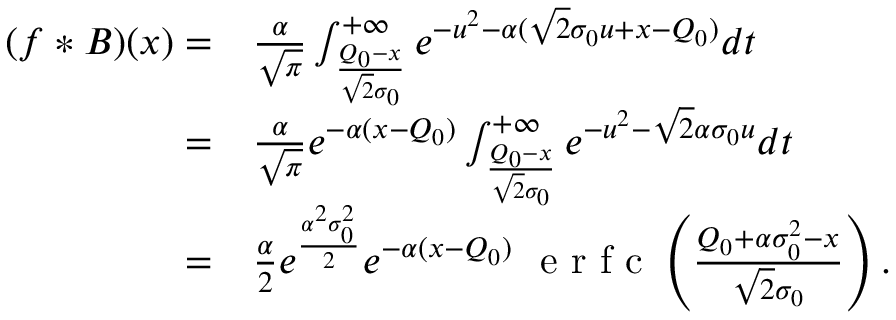
\begin{array} { r l } { ( f * B ) ( x ) = } & { { } \frac { \alpha } { \sqrt { \pi } } \int _ { \frac { Q _ { 0 } - x } { \sqrt { 2 } \sigma _ { 0 } } } ^ { + \infty } e ^ { - u ^ { 2 } - \alpha ( \sqrt { 2 } \sigma _ { 0 } u + x - Q _ { 0 } ) } d t } \\ { = } & { { } \frac { \alpha } { \sqrt { \pi } } e ^ { - \alpha ( x - Q _ { 0 } ) } \int _ { \frac { Q _ { 0 } - x } { \sqrt { 2 } \sigma _ { 0 } } } ^ { + \infty } e ^ { - u ^ { 2 } - \sqrt { 2 } \alpha \sigma _ { 0 } u } d t } \\ { = } & { { } \frac { \alpha } { 2 } e ^ { \frac { \alpha ^ { 2 } \sigma _ { 0 } ^ { 2 } } { 2 } } e ^ { - \alpha ( x - Q _ { 0 } ) } \ \mathrm { ~ e ~ r ~ f ~ c ~ } \left( \frac { Q _ { 0 } + \alpha \sigma _ { 0 } ^ { 2 } - x } { \sqrt { 2 } \sigma _ { 0 } } \right) . } \end{array}